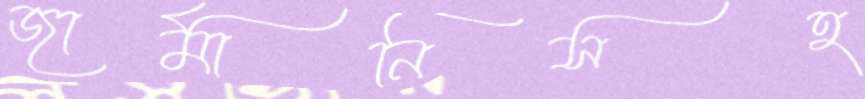
জার্মানিসহ